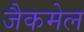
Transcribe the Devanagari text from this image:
जैकमेल